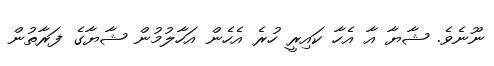
ނޫނެވެ. ޝާޔާ އާ އެހާ ކައިރީ ހުރެ އެހެން އަހާލުމުން ޝާޔާގެ ފަރާތުން